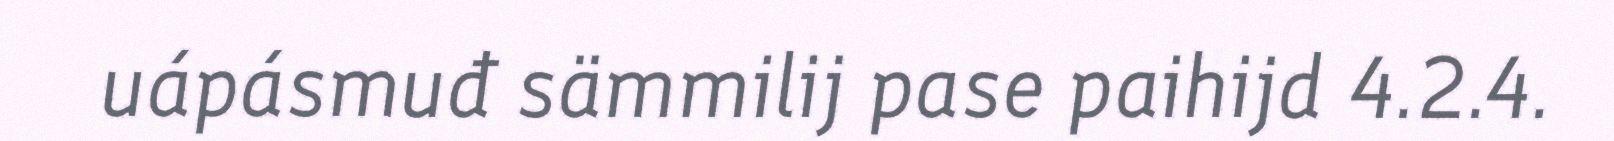
uápásmuđ sämmilij pase paihijd 4.2.4.